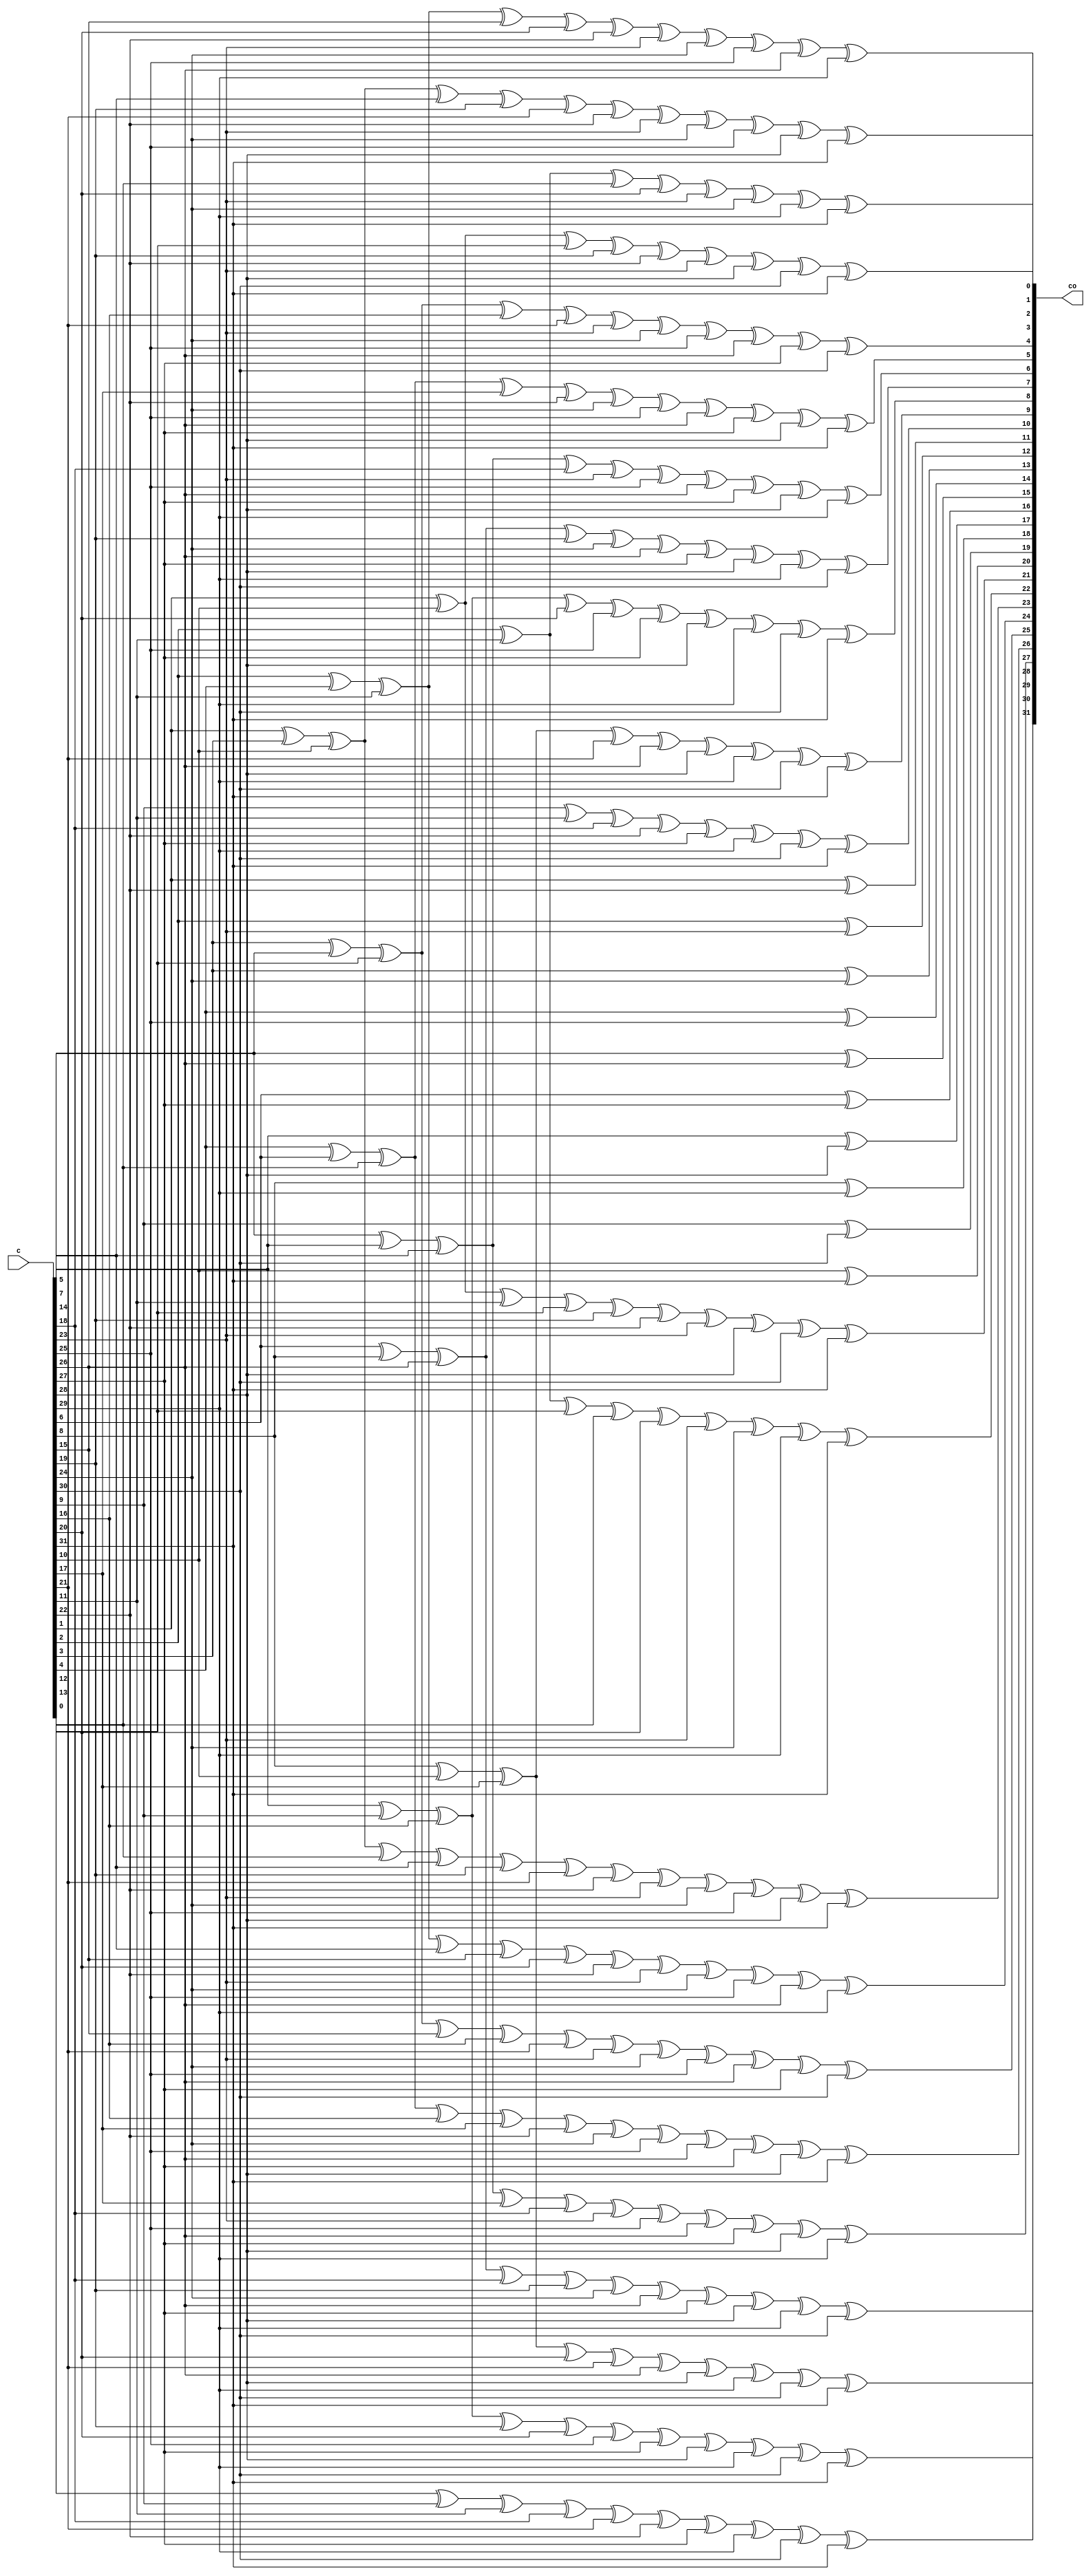
// Copyright 2009 Altera Corporation. All rights reserved.  
// Altera products are protected under numerous U.S. and foreign patents, 
// maskwork rights, copyrights and other intellectual property laws.  
//
// This reference design file, and your use thereof, is subject to and governed
// by the terms and conditions of the applicable Altera Reference Design 
// License Agreement (either as signed by you or found at www.altera.com).  By
// using this reference design file, you indicate your acceptance of such terms
// and conditions between you and Altera Corporation.  In the event that you do
// not agree with such terms and conditions, you may not use the reference 
// design file and please promptly destroy any copies you have made.
//
// This reference design file is being provided on an "as-is" basis and as an 
// accommodation and therefore all warranties, representations or guarantees of 
// any kind (whether express, implied or statutory) including, without 
// limitation, warranties of merchantability, non-infringement, or fitness for
// a particular purpose, are specifically disclaimed.  By making this reference
// design file available, Altera expressly does not recommend, suggest or 
// require that this reference design file be used in combination with any 
// other product not provided by Altera.
/////////////////////////////////////////////////////////////////////////////

//
// 32 bit CRC of 31 data bits (forward - LSB first)
// polynomial : 00a00805 
//    x^23 + x^21 + x^11 + x^2 + x^0
//
//        CCCCCCCCCCCCCCCCCCCCCCCCCCCCCCCC DDDDDDDDDDDDDDDDDDDDDDDDDDDDDDD 
//        00000000001111111111222222222233 0000000000111111111122222222223 
//        01234567890123456789012345678901 0123456789012345678901234567890 
// C00  = .#........#.#......#..##....#.## ............................... 
// C01  = ..#........#.#......#..##....#.# ............................... 
// C02  = .#.#......#...#....#.#####..#..# ............................... 
// C03  = ..#.#......#...#....#.#####..#.. ............................... 
// C04  = ...#.#......#...#....#.#####..#. ............................... 
// C05  = ....#.#......#...#....#.#####..# ............................... 
// C06  = .....#.#......#...#....#.#####.. ............................... 
// C07  = ......#.#......#...#....#.#####. ............................... 
// C08  = .......#.#......#...#....#.##### ............................... 
// C09  = ........#.#......#...#....#.#### ............................... 
// C10  = .........#.#......#...#....#.### ............................... 
// C11  = .#....................#......... ............................... 
// C12  = ..#....................#........ ............................... 
// C13  = ...#....................#....... ............................... 
// C14  = ....#....................#...... ............................... 
// C15  = .....#....................#..... ............................... 
// C16  = ......#....................#.... ............................... 
// C17  = .......#....................#... ............................... 
// C18  = ........#....................#.. ............................... 
// C19  = .........#....................#. ............................... 
// C20  = ..........#....................# ............................... 
// C21  = .#........###......#..##....#.## ............................... 
// C22  = ..#........###......#..##....#.# ............................... 
// C23  = .#.#......#..##....#.#####..#..# ............................... 
// C24  = ..#.#......#..##....#.#####..#.. ............................... 
// C25  = ...#.#......#..##....#.#####..#. ............................... 
// C26  = ....#.#......#..##....#.#####..# ............................... 
// C27  = .....#.#......#..##....#.#####.. ............................... 
// C28  = ......#.#......#..##....#.#####. ............................... 
// C29  = .......#.#......#..##....#.##### ............................... 
// C30  = ........#.#......#..##....#.#### ............................... 
// C31  = #........#.#......#..##....#.### ............................... 
//
// Number of XORs used is 32
// Maximum XOR input count is 13
//   Best possible depth in 4 LUTs = 2
//   Best possible depth in 5 LUTs = 2
//   Best possible depth in 6 LUTs = 2
// Total XOR inputs 250
//

module fec_rot_31 (
    input [31:0] c,
    output [31:0] co
);

assign co[0] =
    c[1] ^ c[10] ^ c[12] ^ c[19] ^ c[22] ^ c[23] ^ 
    c[28] ^ c[30] ^ c[31];

assign co[1] =
    c[2] ^ c[11] ^ c[13] ^ c[20] ^ c[23] ^ c[24] ^ 
    c[29] ^ c[31];

assign co[2] =
    c[1] ^ c[3] ^ c[10] ^ c[14] ^ c[19] ^ c[21] ^ 
    c[22] ^ c[23] ^ c[24] ^ c[25] ^ c[28] ^ c[31];

assign co[3] =
    c[2] ^ c[4] ^ c[11] ^ c[15] ^ c[20] ^ c[22] ^ 
    c[23] ^ c[24] ^ c[25] ^ c[26] ^ c[29];

assign co[4] =
    c[3] ^ c[5] ^ c[12] ^ c[16] ^ c[21] ^ c[23] ^ 
    c[24] ^ c[25] ^ c[26] ^ c[27] ^ c[30];

assign co[5] =
    c[4] ^ c[6] ^ c[13] ^ c[17] ^ c[22] ^ c[24] ^ 
    c[25] ^ c[26] ^ c[27] ^ c[28] ^ c[31];

assign co[6] =
    c[5] ^ c[7] ^ c[14] ^ c[18] ^ c[23] ^ c[25] ^ 
    c[26] ^ c[27] ^ c[28] ^ c[29];

assign co[7] =
    c[6] ^ c[8] ^ c[15] ^ c[19] ^ c[24] ^ c[26] ^ 
    c[27] ^ c[28] ^ c[29] ^ c[30];

assign co[8] =
    c[7] ^ c[9] ^ c[16] ^ c[20] ^ c[25] ^ c[27] ^ 
    c[28] ^ c[29] ^ c[30] ^ c[31];

assign co[9] =
    c[8] ^ c[10] ^ c[17] ^ c[21] ^ c[26] ^ c[28] ^ 
    c[29] ^ c[30] ^ c[31];

assign co[10] =
    c[9] ^ c[11] ^ c[18] ^ c[22] ^ c[27] ^ c[29] ^ 
    c[30] ^ c[31];

assign co[11] =
    c[1] ^ c[22];

assign co[12] =
    c[2] ^ c[23];

assign co[13] =
    c[3] ^ c[24];

assign co[14] =
    c[4] ^ c[25];

assign co[15] =
    c[5] ^ c[26];

assign co[16] =
    c[6] ^ c[27];

assign co[17] =
    c[7] ^ c[28];

assign co[18] =
    c[8] ^ c[29];

assign co[19] =
    c[9] ^ c[30];

assign co[20] =
    c[10] ^ c[31];

assign co[21] =
    c[1] ^ c[10] ^ c[11] ^ c[12] ^ c[19] ^ c[22] ^ 
    c[23] ^ c[28] ^ c[30] ^ c[31];

assign co[22] =
    c[2] ^ c[11] ^ c[12] ^ c[13] ^ c[20] ^ c[23] ^ 
    c[24] ^ c[29] ^ c[31];

assign co[23] =
    c[1] ^ c[3] ^ c[10] ^ c[13] ^ c[14] ^ c[19] ^ 
    c[21] ^ c[22] ^ c[23] ^ c[24] ^ c[25] ^ c[28] ^ c[31];

assign co[24] =
    c[2] ^ c[4] ^ c[11] ^ c[14] ^ c[15] ^ c[20] ^ 
    c[22] ^ c[23] ^ c[24] ^ c[25] ^ c[26] ^ c[29];

assign co[25] =
    c[3] ^ c[5] ^ c[12] ^ c[15] ^ c[16] ^ c[21] ^ 
    c[23] ^ c[24] ^ c[25] ^ c[26] ^ c[27] ^ c[30];

assign co[26] =
    c[4] ^ c[6] ^ c[13] ^ c[16] ^ c[17] ^ c[22] ^ 
    c[24] ^ c[25] ^ c[26] ^ c[27] ^ c[28] ^ c[31];

assign co[27] =
    c[5] ^ c[7] ^ c[14] ^ c[17] ^ c[18] ^ c[23] ^ 
    c[25] ^ c[26] ^ c[27] ^ c[28] ^ c[29];

assign co[28] =
    c[6] ^ c[8] ^ c[15] ^ c[18] ^ c[19] ^ c[24] ^ 
    c[26] ^ c[27] ^ c[28] ^ c[29] ^ c[30];

assign co[29] =
    c[7] ^ c[9] ^ c[16] ^ c[19] ^ c[20] ^ c[25] ^ 
    c[27] ^ c[28] ^ c[29] ^ c[30] ^ c[31];

assign co[30] =
    c[8] ^ c[10] ^ c[17] ^ c[20] ^ c[21] ^ c[26] ^ 
    c[28] ^ c[29] ^ c[30] ^ c[31];

assign co[31] =
    c[0] ^ c[9] ^ c[11] ^ c[18] ^ c[21] ^ c[22] ^ 
    c[27] ^ c[29] ^ c[30] ^ c[31];

endmodule